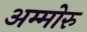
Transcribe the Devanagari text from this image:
अम्मोरु